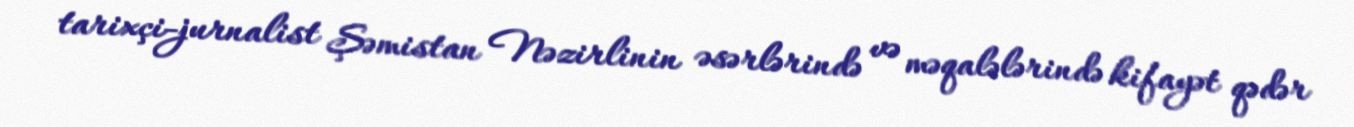
tarixçi-jurnalist Şəmistan Nəzirlinin əsərlərində və məqalələrində kifayət qədər